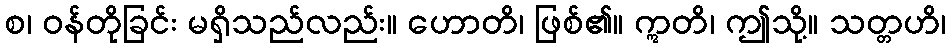
စ၊ ဝန်တိုခြင်း မရှိသည်လည်း။ ဟောတိ၊ ဖြစ်၏။ ဣတိ၊ ဤသို့။ သတ္တဟိ၊